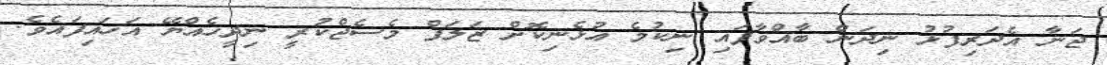
ޖަނާ އެދަރިފުޅު ނިދަން ބާއްވާފައި ނިކުމެ އުޅެނިކޮށް ޒަލަފް މެސެޖްކުރީ ނިދީހެއްޔޭ އަހައިފައެވެ.